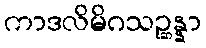
ကာဒလိမိဂသဉ္ဆန္နာ